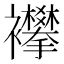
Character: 襻